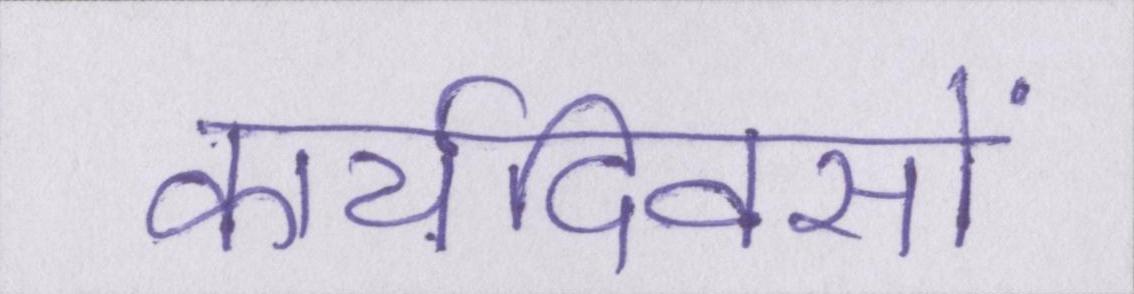
कार्यदिवसों